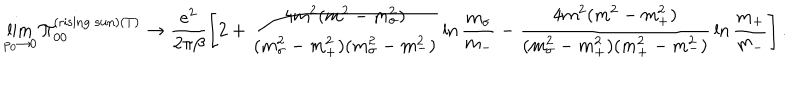
LaTeX: \lim _ { p _ { 0 } \rightarrow 0 } \Pi _ { 0 0 } ^ { ( \mathrm { r i s i n g \ s u n } ) ( T ) } \rightarrow \frac { e ^ { 2 } } { 2 \pi \beta } \left[ 2 + \frac { 4 m ^ { 2 } ( m ^ { 2 } - m _ { \sigma } ^ { 2 } ) } { ( m _ { \sigma } ^ { 2 } - m _ { + } ^ { 2 } ) ( m _ { \sigma } ^ { 2 } - m _ { - } ^ { 2 } ) } \, \ln \frac { m _ { \sigma } } { m _ { - } } - \frac { 4 m ^ { 2 } ( m ^ { 2 } - m _ { + } ^ { 2 } ) } { ( m _ { \sigma } ^ { 2 } - m _ { + } ^ { 2 } ) ( m _ { + } ^ { 2 } - m _ { - } ^ { 2 } ) } \, \ln \frac { m _ { + } } { m _ { - } } \right] .